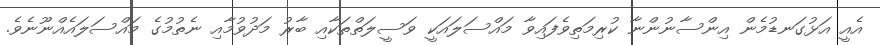
އެއީ އަޅުގަނޑުމެން އިންސާނުންނާ ކުރިމަތިވެފައިވާ މައްސަލައަކީ ވަސީލަތްތަކާއި ބާރު މަދުވުމާއި ނެތުމުގެ މައްސަލައެއްނޫނެވެ.